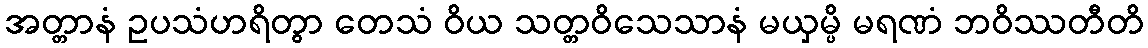
အတ္တာနံ ဥပသံဟရိတွာ တေသံ ဝိယ သတ္တဝိသေသာနံ မယှမ္ပိ မရဏံ ဘဝိဿတီတိ